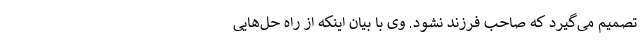
تصمیم می‌گیرد که صاحب فرزند نشود. وی با بیان اینکه از راه حل‌هایی